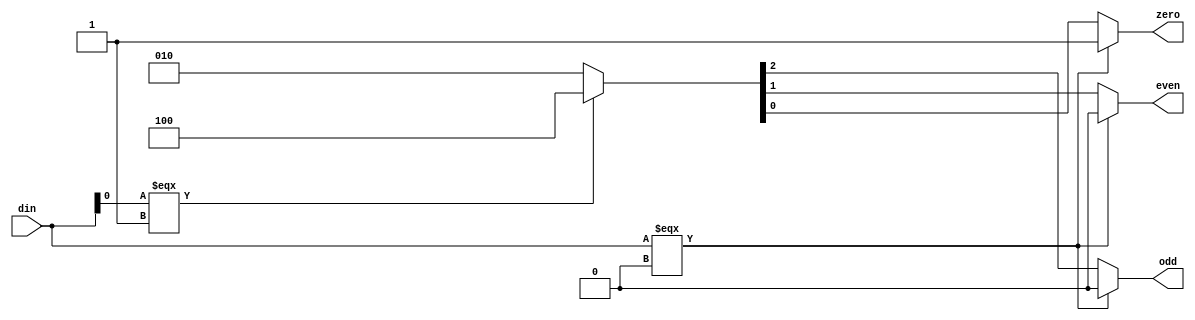
module decode(
  input [3:0] din, 
  output reg odd, 
  output reg even,
  output reg zero
);

  // TODO: write your code here
    always @(din) begin
    if (din ===0) begin
      zero = 1;
      even = 0;
      odd = 0;
    end
    else if(din[0]===1)begin
      {odd ,even ,zero}=3'b100;
  end
  else begin
    {odd,even,zero}= 3'b010;
  end
  end
  endmodule